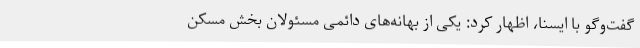
گفت‌وگو با ایسنا، اظهار کرد: یکی از بهانه‌های دائمی مسئولان بخش مسکن